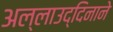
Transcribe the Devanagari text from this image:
अल्लाउद्दिनाने